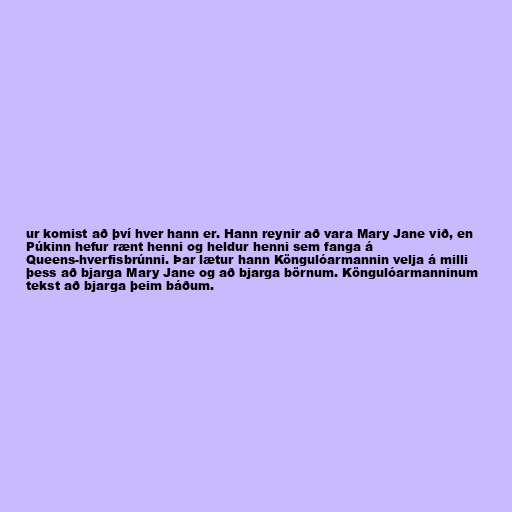
ur komist að því hver hann er. Hann reynir að vara Mary Jane við, en
Púkinn hefur rænt henni og heldur henni sem fanga á
Queens-hverfisbrúnni. Þar lætur hann Köngulóarmannin velja á milli
þess að bjarga Mary Jane og að bjarga börnum. Köngulóarmanninum
tekst að bjarga þeim báðum.